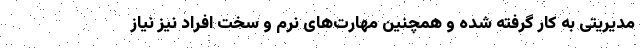
مدیریتی به کار گرفته شده و همچنین مهارت‌های نرم و سخت افراد نیز نیاز